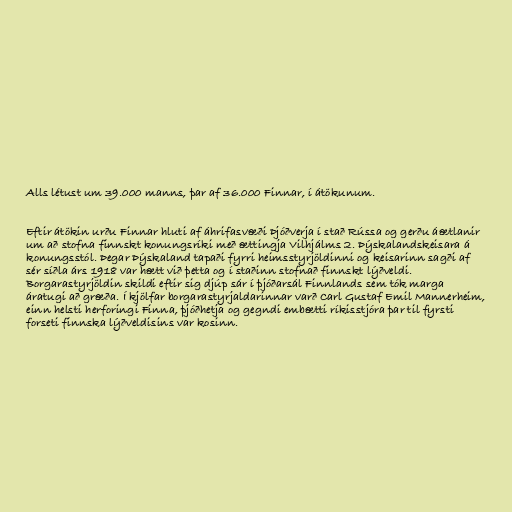
Alls létust um 39.000 manns, þar af 36.000 Finnar, í átökunum.

Eftir átökin urðu Finnar hluti af áhrifasvæði Þjóðverja í stað Rússa og gerðu áætlanir
um að stofna finnskt konungsríki með ættingja Vilhjálms 2. Þýskalandskeisara á
konungsstól. Þegar Þýskaland tapaði fyrri heimsstyrjöldinni og keisarinn sagði af
sér síðla árs 1918 var hætt við þetta og í staðinn stofnað finnskt lýðveldi.
Borgarastyrjöldin skildi eftir sig djúp sár í þjóðarsál Finnlands sem tók marga
áratugi að græða. Í kjölfar borgarastyrjaldarinnar varð Carl Gustaf Emil Mannerheim,
einn helsti herforingi Finna, þjóðhetja og gegndi embætti ríkisstjóra þar til fyrsti
forseti finnska lýðveldisins var kosinn.